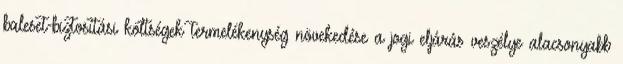
baleset-biztosítási költségek termelékenység növekedése a jogi eljárás veszélye alacsonyabb